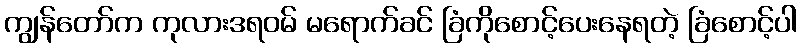
ကျွန်တော်က ကုလားဒရဝမ် မရောက်ခင် ခြံကိုစောင့်ပေးနေရတဲ့ ခြံစောင့်ပါ